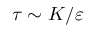
\tau \sim K / \varepsilon